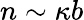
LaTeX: n\sim\kappa b